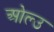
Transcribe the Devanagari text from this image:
ओल्‍उ